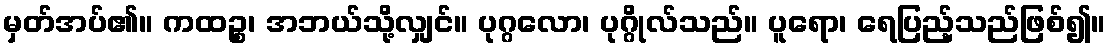
မှတ်အပ်၏။ ကထဉ္စ၊ အဘယ်သို့လျှင်။ ပုဂ္ဂလော၊ ပုဂ္ဂိုလ်သည်။ ပူရော၊ ရေပြည့်သည်ဖြစ်၍။